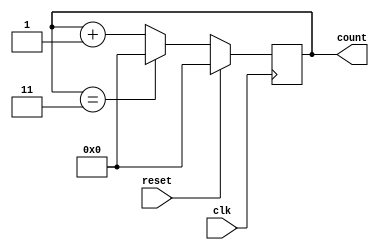
`timescale 1ns / 1ps
//////////////////////////////////////////////////////////////////////////////////
// Company: 
// Engineer: 
// 
// Design Name: 
// Module Name: mod_4_counter
// Project Name: 
// Target Devices: 
// Tool Versions: 
// Description: 
// 
// Dependencies: 
// 
// Revision:
// Revision 0.01 - File Created
// Additional Comments:
// 
//////////////////////////////////////////////////////////////////////////////////


module mod_4_counter#(parameter WIDTH = 4)(
                                            input clk,
                                            input reset,
                                            output reg [WIDTH-1:0] count);

always @(posedge clk)
begin
    if (reset) begin
        count <= 0;
    end else begin
        count <= count + 1'b1;
        if (count == WIDTH-1) 
        begin
            count <= 0;
        end
    end
end
endmodule